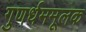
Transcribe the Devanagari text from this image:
गुणर्धममूलक